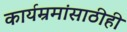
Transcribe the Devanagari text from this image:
कार्यम्रमांसाठीही